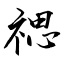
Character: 禗